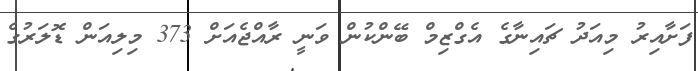
ފަށާއިރު މިއަދު ޗައިނާގެ އެގްޒިމް ބޭންކުން ވަނީ ރާއްޖެއަށް 373 މިލިއަން ޑޮލަރުގެ